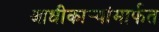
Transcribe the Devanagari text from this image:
आधीकार्‍यांमार्फत